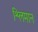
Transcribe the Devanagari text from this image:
श्लिमान